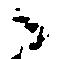
々